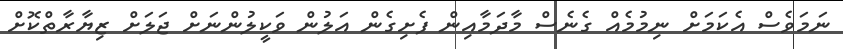
ނަމަވެސް އެކަމަށް ނިމުމެއް ގެނެސް މާދަމާއިން ފެށިގެން އަލުން ވަކީލުންނަށް ޖަލަށް ޒިޔާރާތްކޮށް